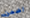
اضمن